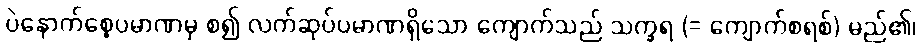
ပဲနောက်စေ့ပမာဏမှ စ၍ လက်ဆုပ်ပမာဏရှိသော ကျောက်သည် သက္ခရ (= ကျောက်စရစ်) မည်၏၊